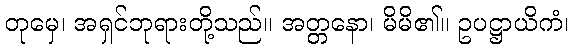
တုမှေ၊ အရှင်ဘုရားတို့သည်။ အတ္တနော၊ မိမိ၏။ ဥပဋ္ဌာယိကံ၊